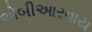
એબીઆરવાય